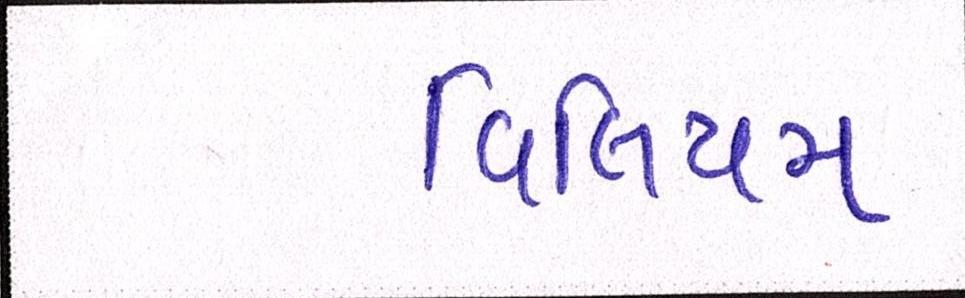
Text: વિલિયમ